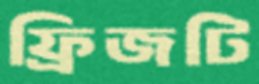
ফ্রিজটি